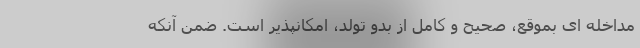
مداخله ای بموقع، صحیح و کامل از بدو تولد، امکانپذیر است. ضمن آنکه